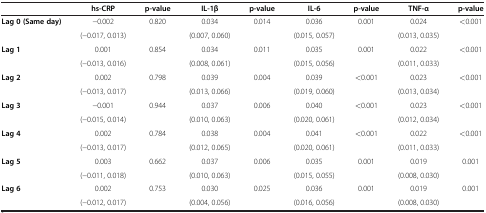
<table><thead><tr><td><b> </b></td><td><b>hs-CRP</b></td><td><b>p-value</b></td><td><b>IL-1β</b></td><td><b>p-value</b></td><td><b>IL-6</b></td><td><b>p-value</b></td><td><b>TNF-α</b></td><td><b>p-value</b></td></tr></thead><tbody><tr><td rowspan="2"><b>Lag 0 (Same day)</b></td><td>−0.002</td><td rowspan="2">0.820</td><td>0.034</td><td rowspan="2">0.014</td><td>0.036</td><td rowspan="2">0.001</td><td>0.024</td><td rowspan="2">&lt;0.001</td></tr><tr><td>(−0.017, 0.013)</td><td>(0.007, 0.060)</td><td>(0.015, 0.057)</td><td>(0.013, 0.035)</td></tr><tr><td rowspan="2"><b>Lag 1</b></td><td>0.001</td><td rowspan="2">0.854</td><td>0.034</td><td rowspan="2">0.011</td><td>0.035</td><td rowspan="2">0.001</td><td>0.022</td><td rowspan="2">&lt;0.001</td></tr><tr><td>(−0.013, 0.016)</td><td>(0.008, 0.061)</td><td>(0.015, 0.056)</td><td>(0.011, 0.033)</td></tr><tr><td rowspan="2"><b>Lag 2</b></td><td>0.002</td><td rowspan="2">0.798</td><td>0.039</td><td rowspan="2">0.004</td><td>0.039</td><td rowspan="2">&lt;0.001</td><td>0.023</td><td rowspan="2">&lt;0.001</td></tr><tr><td>(−0.013, 0.017)</td><td>(0.013, 0.066)</td><td>(0.019, 0.060)</td><td>(0.013, 0.034)</td></tr><tr><td rowspan="2"><b>Lag 3</b></td><td>−0.001</td><td rowspan="2">0.944</td><td>0.037</td><td rowspan="2">0.006</td><td>0.040</td><td rowspan="2">&lt;0.001</td><td>0.023</td><td rowspan="2">&lt;0.001</td></tr><tr><td>(−0.015, 0.014)</td><td>(0.010, 0.063)</td><td>(0.020, 0.061)</td><td>(0.012, 0.034)</td></tr><tr><td rowspan="2"><b>Lag 4</b></td><td>0.002</td><td rowspan="2">0.784</td><td>0.038</td><td rowspan="2">0.004</td><td>0.041</td><td rowspan="2">&lt;0.001</td><td>0.022</td><td rowspan="2">&lt;0.001</td></tr><tr><td>(−0.013, 0.017)</td><td>(0.012, 0.065)</td><td>(0.020, 0.061)</td><td>(0.011, 0.033)</td></tr><tr><td rowspan="2"><b>Lag 5</b></td><td>0.003</td><td rowspan="2">0.662</td><td>0.037</td><td rowspan="2">0.006</td><td>0.035</td><td rowspan="2">0.001</td><td>0.019</td><td rowspan="2">0.001</td></tr><tr><td>(−0.011, 0.018)</td><td>(0.010, 0.063)</td><td>(0.015, 0.055)</td><td>(0.008, 0.030)</td></tr><tr><td rowspan="2"><b>Lag 6</b></td><td>0.002</td><td rowspan="2">0.753</td><td>0.030</td><td rowspan="2">0.025</td><td>0.036</td><td rowspan="2">0.001</td><td>0.019</td><td rowspan="2">0.001</td></tr><tr><td>(−0.012, 0.017)</td><td>(0.004, 0.056)</td><td>(0.016, 0.056)</td><td>(0.008, 0.030)</td></tr></tbody></table>